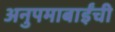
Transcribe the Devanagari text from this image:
अनुपमाबाईंची